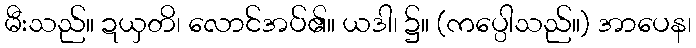
မီးသည်။ ဍယှတိ၊ လောင်အပ်၏။ ယဒါ၊ ၌။ (ကပ္ပေါသည်။) အာပေန၊